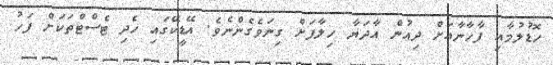
ހޮޑުލުމާއި ފާހާނާއަށް ދިއުން އާދަޔާ ހިލާފަށް ގިނަވެގެންނެވެ. އޭޑީކޭގައި ހެދި ޓެސްޓްތަކަށް ފަހު